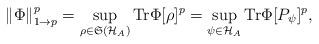
LaTeX: \begin{align*}\left\Vert \Phi \right\Vert _{1\rightarrow p}^{p}=\sup_{\rho \in \mathfrak{S}\left( \mathcal{H}_{A}\right) }\mathrm{Tr}\Phi [ \rho ]^{p}=\sup_{\psi \in\mathcal{H}_{A}}\mathrm{Tr}\Phi [P_{\psi} ]^{p}, \end{align*}